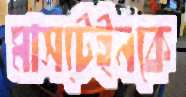
মাসটেইনকে